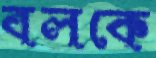
বলকে